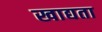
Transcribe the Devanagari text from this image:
खाद्यता